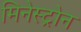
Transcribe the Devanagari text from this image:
मिनेस्ट्रोन